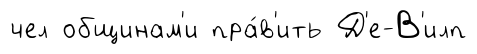
чел общинам'и пра́в'ить Д'е-В'илп